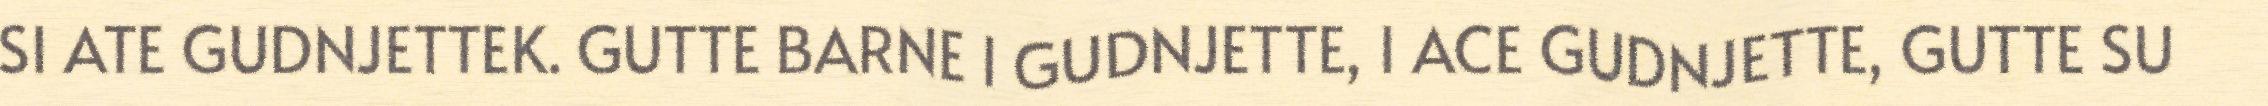
SI ATE GUDNJETTEK. GUTTE BARNE I GUDNJETTE, I ACE GUDNJETTE, GUTTE SU